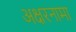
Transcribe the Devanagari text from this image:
अक्षरनामा